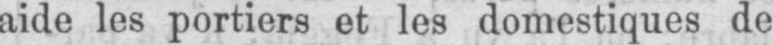
aide les portiers et les domestiques de